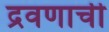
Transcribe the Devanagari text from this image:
द्रवणाची